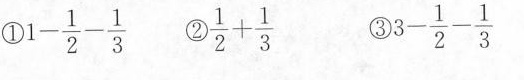
$$① 1 - \frac { 1 } { 2 } - \frac { 1 } { 3 } $$ $$② \frac { 1 } { 2 } + \frac { 1 } { 3 } $$ $$② 3 - \frac { 1 } { 2 } - \frac { 1 } { 3 } $$